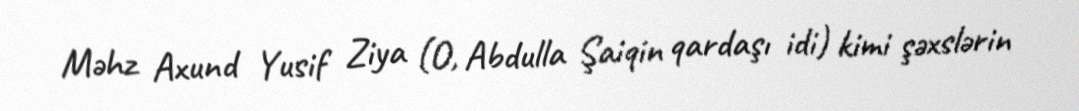
Məhz Axund Yusif Ziya (O, Abdulla Şaiqin qardaşı idi) kimi şəxslərin